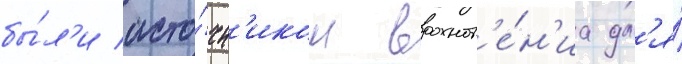
бы́л'и исто́чн'иком вдохнов'е́н'иа дл'я́